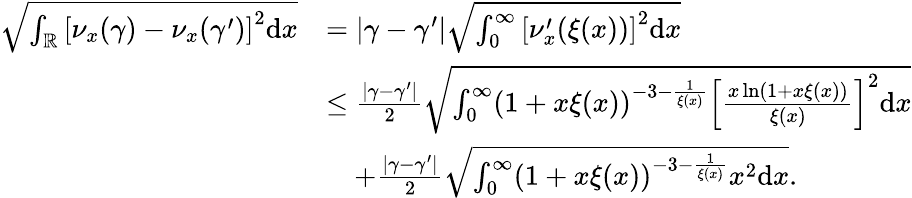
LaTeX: \begin{array}{rl}{\sqrt{\int_{\mathbb{R}}\left[\nu_{x}(\gamma)-\nu_{x}(\gamma^{\prime})\right]^{2}\mathrm{d}x}}&{=\vert\gamma-\gamma^{\prime}\vert\sqrt{\int_{0}^{\infty}\left[\nu_{x}^{\prime}(\xi(x))\right]^{2}\mathrm{d}x}}\\ &{\leq\frac{\vert\gamma-\gamma^{\prime}\vert}{2}\sqrt{\int_{0}^{\infty}(1+x\xi(x))^{-3-\frac{1}{\xi(x)}}\left[\frac{x\ln(1+x\xi(x))}{\xi(x)}\right]^{2}\mathrm{d}x}}\\ &{\quad+\frac{\vert\gamma-\gamma^{\prime}\vert}{2}\sqrt{\int_{0}^{\infty}(1+x\xi(x))^{-3-\frac{1}{\xi(x)}}x^{2}\mathrm{d}x}.}\end{array}